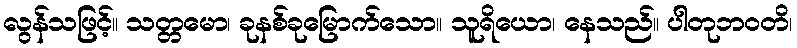
လွန်သဖြင့်။ သတ္တမော၊ ခုနစ်ခုမြောက်သော။ သူရိယော၊ နေသည်။ ပါတုဘဝတိ၊